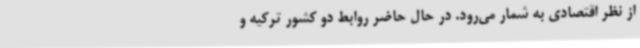
از نظر اقتصادی به شمار می‌رود. در حال حاضر روابط دو کشور ترکیه و